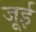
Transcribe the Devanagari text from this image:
जूई